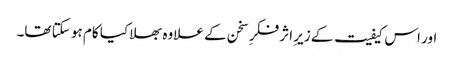
اور اس کیفیت کے زیرِ اثر فکرِ سخن کے علاوہ بھلا کیا کام ہو سکتا تھا۔